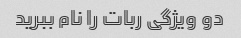
دو ویژگی ربات را نام ببرید